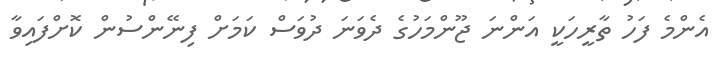
އެންމެ ފަހު ތާރީހަކީ އަންނަ ޖޫންމަހުގެ ދެވަނަ ދުވަސް ކަމަށް ފިނޭންސުން ކޮށްފައިވާ